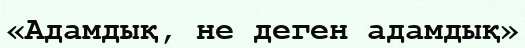
«Адамдық, не деген адамдық»